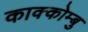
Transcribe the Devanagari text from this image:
काक्कोम्बु